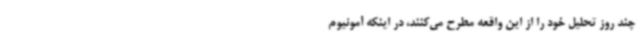
چند روز تحلیل خود را از این واقعه مطرح می‌کنند، در اینکه آمونیوم